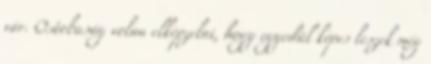
vár. Ostobaság volna elképzelni, hogy egyedül képes leszek még